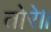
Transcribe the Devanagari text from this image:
तोरे॥